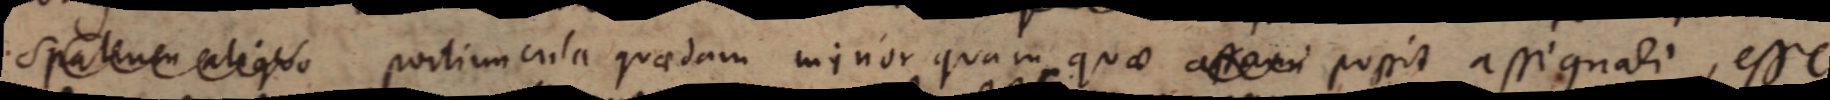
spatium aliquo portiuncula quadam minor quam quae assumi possit assignari, esse